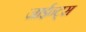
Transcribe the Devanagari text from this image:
जाईन्ट्स